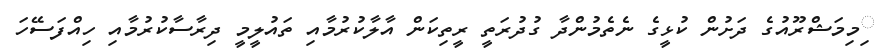
ިމިމަޝްރޫއުގެ ދަށުން ކުޅީގެ ނެތެމުންދާ ގުދުރަތީ ރީތިކަން އާލާކުރުމާއި ތައުލީމީ ދިރާސާކުރުމާއި ހިއްފަސޭހަ